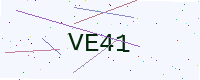
Text: VE41